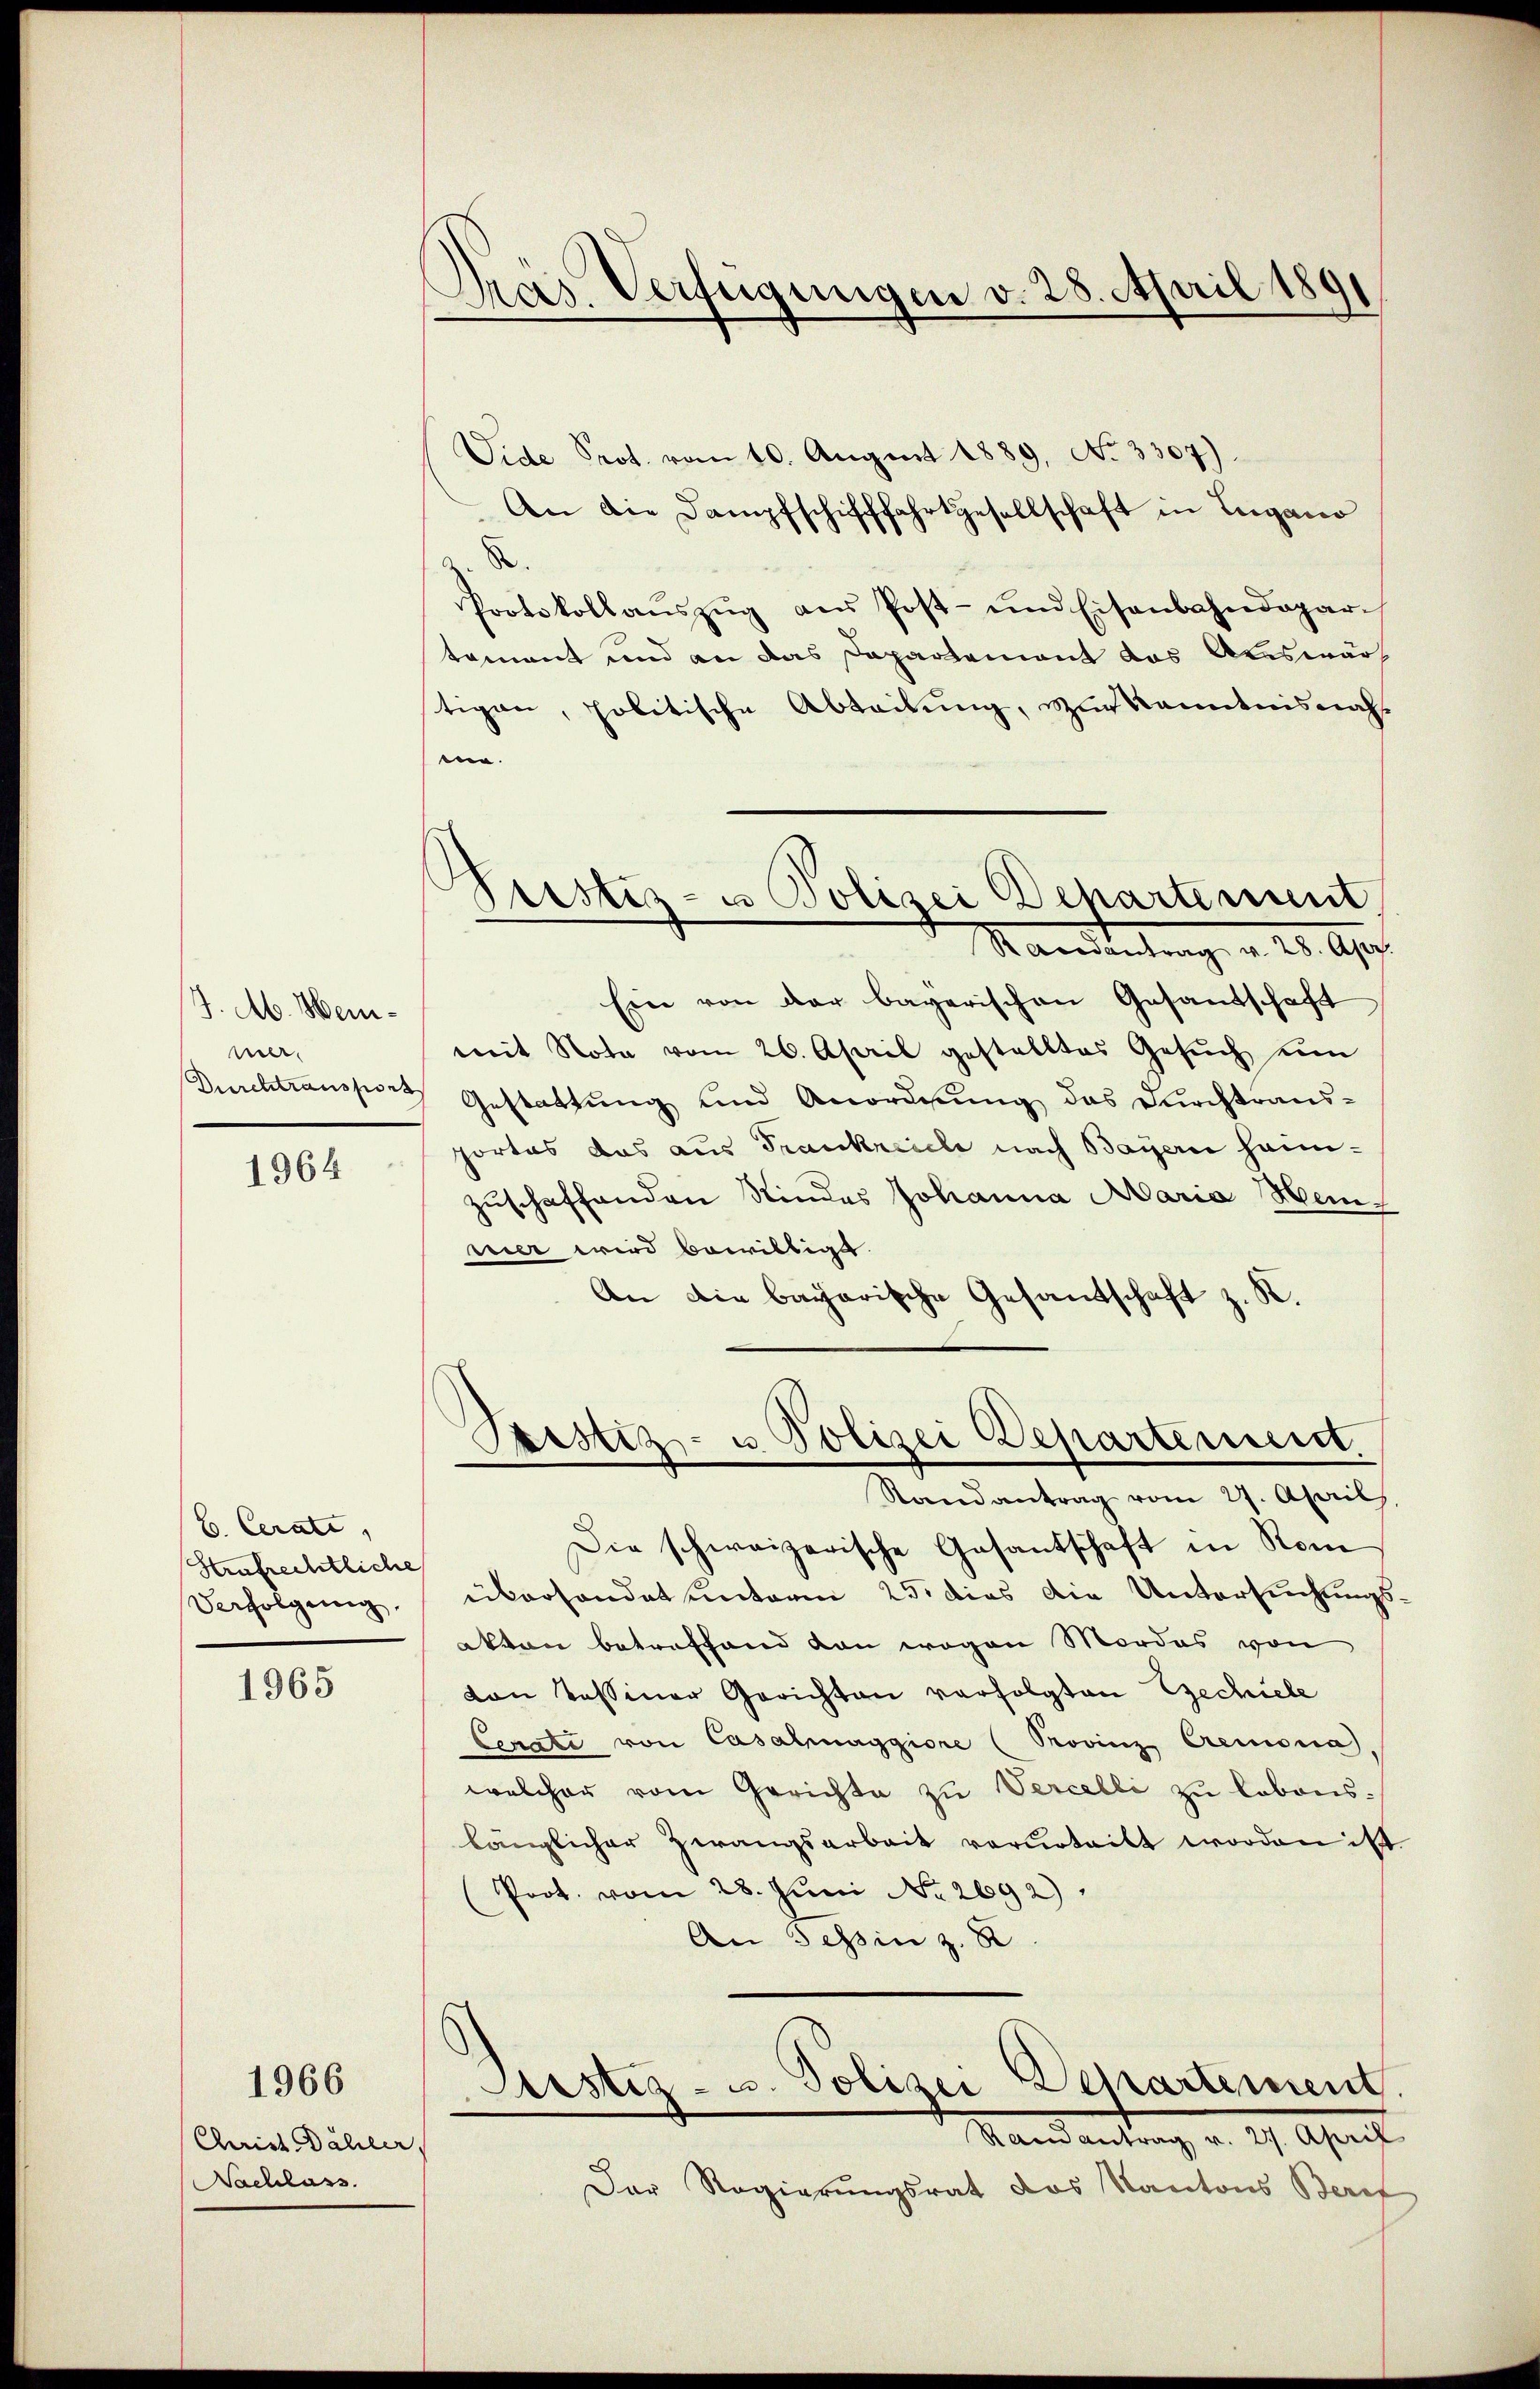
J. M. Meimer.

1964

B. Cerati
Strafrechtliche
Verfolgung.

1965

1966

Christ Dähler,
Nachlass

Das Verfügungen v. 28. April 189

Vide Prot. vom 10. August 1889. No 3307).
An die Dampfschifffahrtgesellschaft in Lugano
.
a
Protokollaŭszŭg aŭs Post- und Eisenbahndepar
tement und an das Departement das Araswärt
stigen, politische Abteilung, zur Kenntnisnahme.
Ein von der bayerischen Gesandschaft
mit Nota vom 26. April gestelltes Gesŭch ŭm
Durchtransport Gestattung und Anordnung das Durchtraus-
portes das aus Frankreiche nach Bayern heimzuschaffenden Kindes Johanna Maria Heinnier wird bewilligt.
An die bayerische Gesandschaft z. K.
Bestiz- u Polizei Departement.
Randantrag vom 27. April,
Die schweizerische Gesantschaft in Rom
überhandet unterm 25. dies die Untersuchungsakten betreffend von wegen Mordes von
von Tessiner Gerichten verfolgten Gechiele
Cenate von Casalmaggiore (Provinz Cremona,
welcher vom Gerichte zu Vercelli zu labonslänglicher Zwangsarbeit verurteilt worden ist
Prot. vom 28. Juni No 2692)
An Tessin z. B
Justiz- u. Polizei Departement.
Mandantung v. 29. April
Der Regierungsrat das Kantons Berat

Prustiz- u Polizei Departement
Mandertung v. 25. Apr